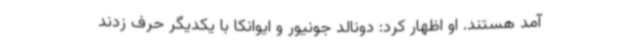
آمد هستند. او اظهار کرد: دونالد جونیور و ایوانکا با یکدیگر حرف زدند